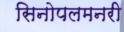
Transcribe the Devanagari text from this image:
सिनोपलमनरी